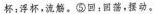
杯；浮杯，流觞。⑤回：孩，摆动。